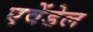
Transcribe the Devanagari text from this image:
एवेंडेल